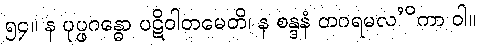
၅၄။ န ပုပ္ဖဂန္ဓော ပဋိဝါတမေတိ၊ န စန္ဒနံ တဂရမလ’ိကာ ဝါ။